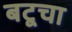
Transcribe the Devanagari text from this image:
बटूचा